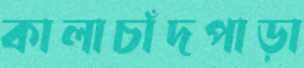
কালাচাঁদপাড়া